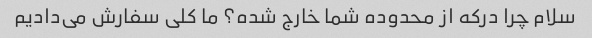
سلام چرا درکه از محدوده شما خارج شده؟ ما کلی سفارش می‌دادیم